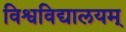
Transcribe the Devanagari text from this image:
विश्वविद्यालयम्‌